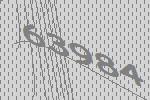
63984